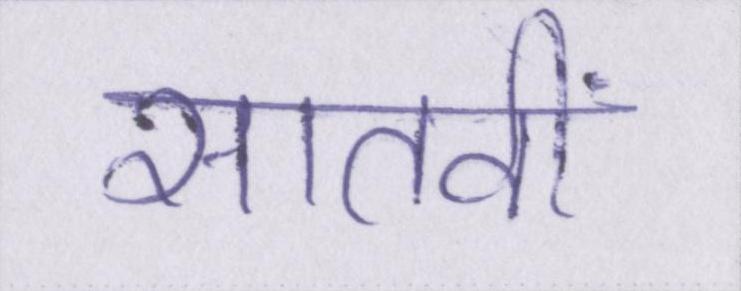
सातवीं